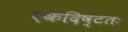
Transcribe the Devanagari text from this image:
एकदिष्‍टतः